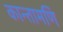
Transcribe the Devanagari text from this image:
कान्तामणि